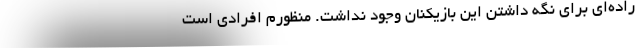
راده‌ای برای نگه داشتن این بازیکنان وجود نداشت. منظورم افرادی است